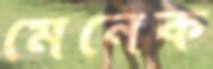
মেনেক